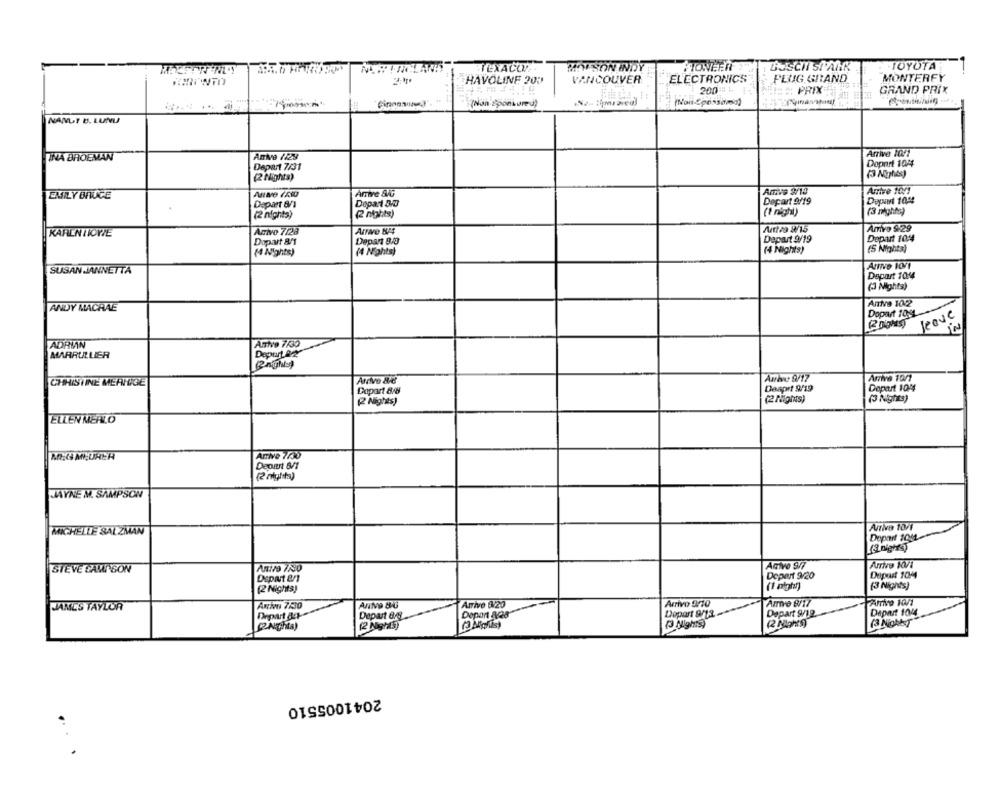
TEXACO
MAISON INDY
PIONEER
TOYOTA
HAVOLINE 200
VANCOUVER
ELECTRONICS
PLUG GRAND
MONTERFY
2001
": PRIX
GRAND PRIX
(Non sponsored)
(Non-possama)
NANUT B. LUNU
TNA BROEMAN
Arrive 10/1
Depart 7/31
Doport 104
(3 Nights)
(2 Nights)
AmFe 3/10
Arrive 10/1
EMILY BRUCE
Arrive AG
Depart 6/1
Dopar1 8/0
Depart 9/19
Deyurt 1044
(2 nights)
(2 nights)
(1 night)
(3 might=)
Acivo 7/28
Arrive N/4
Art/9 8/15
Amvo $29
KARLNIOWE
Depart 10:4
Dopart 8/1
Depart 8/0
Depart 9/19
(4 Nights)
(4 Nights)
(4 Nights)
(5 Nights)
SUSAN ANNETTA
Arrive HOV1
Depart 104
(3 Nights)
ANDY MACRAE
Antve 1022
Doport 10,0
leave
ADRIAN
Antve 7/30
MARRULLIER
Depurt 42
Arrive &d
Arrive 9/17
Arrive 10/1
CHRISTINE MEATIGE
Deaprt 9/19
Dopart 10/4
Doport 8/8
(2 Nights)
(2 Points)
(3 Nights)
ELLEN MERLO
M.G M.UREA
Arrive 7/05
(2 mights)
JAYNE M. SAMPSON
MICHELLE SALZMAN
Arriva 10/1
Depart 1041
(3 nights)
STEVE CAMISON
ARive 7/30
ARive 9/7
Arrive 10/1
Dspart &/s
Depart 9/20
Depart 104
(1 night)
(3 Nights)
(2 Nights)
Arrive 10/1
JAMES TAYLOR
Arrivi 7/30
Arrive 9/20
Arrivo 9/10
Arrive 8/17
Depart &c
Depart BAL
Depont 828
Depart 9/12
Depart 9/12
Depart 1044
(2 Night9)
(3 NightsT
(2Nights)
2041005510